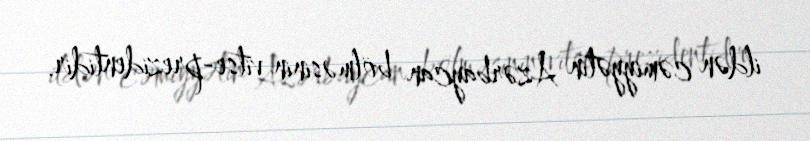
ildən cəmiyyətin Azərbaycan bölməsinin vitse-prezidentidir.